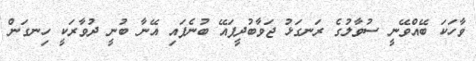
ވާހަކަ ބޭއްވޭނީ ސުވާލުގެ ރަނގަޅު ޖަވާބުދީފައޭ ބުނެފައި އޭނާ ބުނީ ދުވާރަކީ ހިނގަން